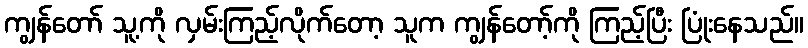
ကျွန်တော် သူ့ကို လှမ်းကြည့်လိုက်တော့ သူက ကျွန်တော့်ကို ကြည့်ပြီး ပြုံးနေသည်။